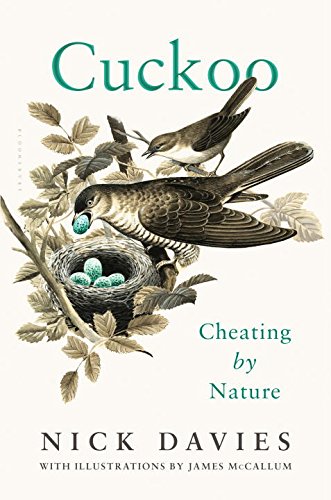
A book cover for Cuckoo: Cheating by Nature; Nick Davies; Science & Math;